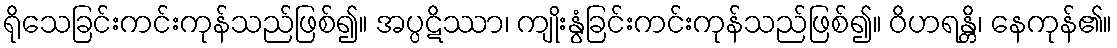
ရိုသေခြင်းကင်းကုန်သည်ဖြစ်၍။ အပ္ပဋိဿာ၊ ကျိုးနွံခြင်းကင်းကုန်သည်ဖြစ်၍။ ဝိဟရန္တိ၊ နေကုန်၏။